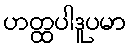
ဟတ္ထပါဒူပမာ